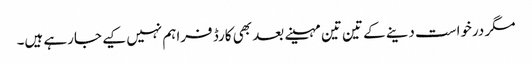
مگر درخواست دینے کے تین تین مہینے بعد بھی کارڈ فراہم نہیں کیے جارہے ہیں۔